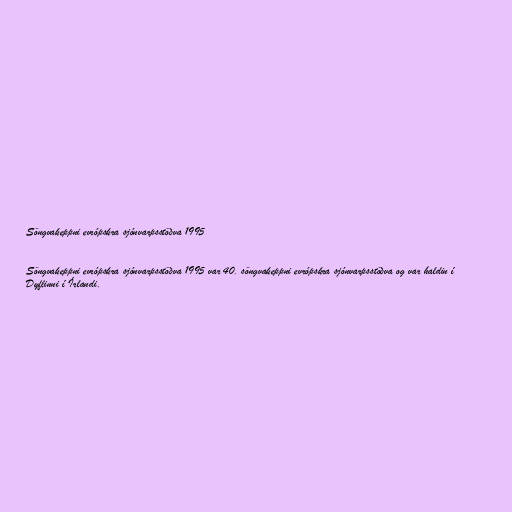
Söngvakeppni evrópskra sjónvarpsstöðva 1995

Söngvakeppni evrópskra sjónvarpsstöðva 1995 var 40. söngvakeppni evrópskra sjónvarpsstöðva og var haldin í
Dyflinni í Írlandi.